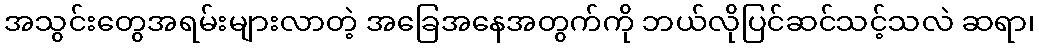
အသွင်းတွေအရမ်းများလာတဲ့ အခြေအနေအတွက်ကို ဘယ်လိုပြင်ဆင်သင့်သလဲ ဆရာ၊